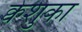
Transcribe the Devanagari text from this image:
क्वेशुका